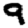
Digit: 9